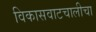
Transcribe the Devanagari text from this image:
विकासवाटचालीचा